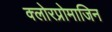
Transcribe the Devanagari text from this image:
क्लोरप्रोमाजिन